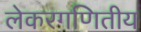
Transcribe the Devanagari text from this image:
लेकरगणितीय